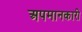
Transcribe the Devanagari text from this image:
अपमानकारी